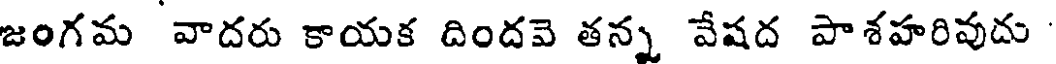
జంగమ వాదరు కాయక దిందవె తన్న వేషద పాశహరివుదు